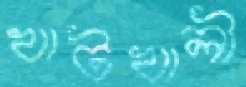
খাটখালী